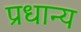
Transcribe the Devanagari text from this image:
प्रधान्य